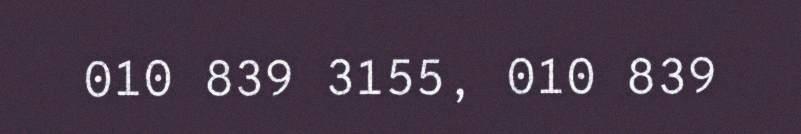
010 839 3155, 010 839